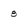
Character: 8